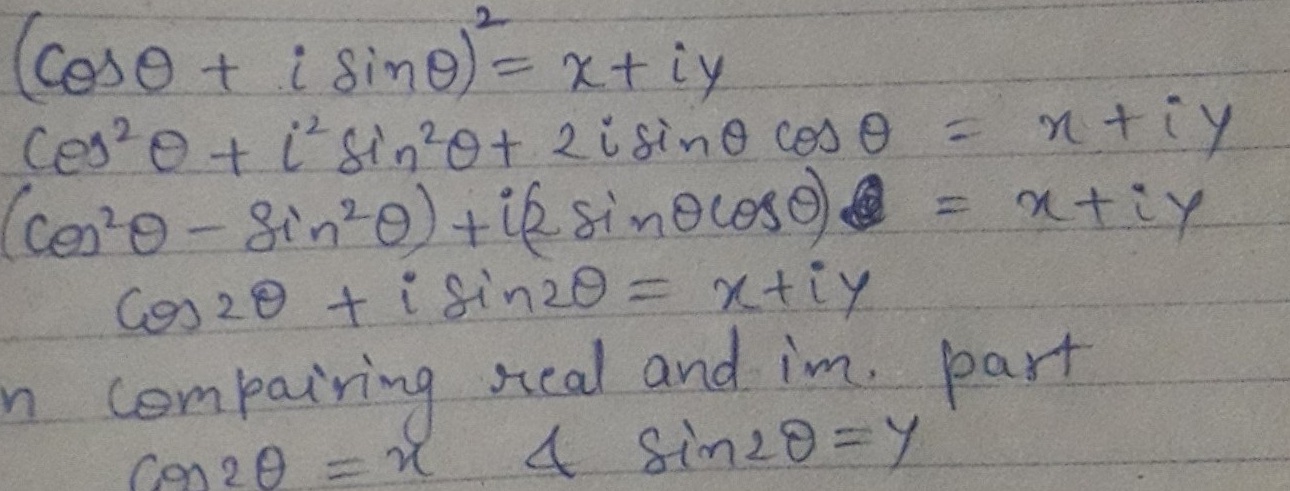
\begin{align*}
(\cos\theta + i \sin\theta)^2&= x+iy\\
\cos^{2}\theta + i^{2}\sin^{2}\theta+ 2i\sin\theta \cos\theta&= x + iy\\
(\cos^{2}\theta - \sin^{2}\theta)+i(2\sin\theta\cos\theta)&= x+iy\\
\cos2\theta + i \sin2\theta&= x+iy\\
\text{on comparing real and im. part}\\
\cos2\theta&=x \quad \text{&} \quad \sin2\theta=y
\end{align*}